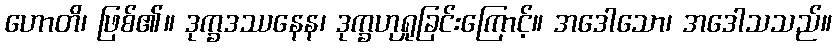
ဟောတိ၊ ဖြစ်၏။ ဒုက္ခဒဿနေန၊ ဒုက္ခဟုရှုခြင်းကြောင့်။ အဒေါသော၊ အဒေါသသည်။